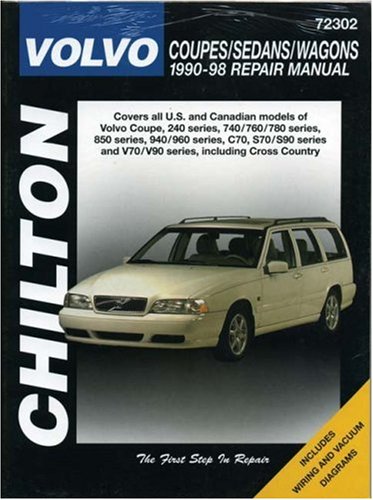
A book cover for Volvo Coupes, Sedans, and Wagons, 1990-98 (Haynes Repair Manuals); Chilton; Engineering & Transportation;